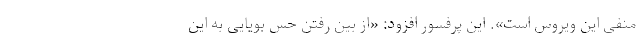
منفی این ویروس است». این پرفسور افزود: «از بین رفتن حس بویایی به این